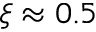
\xi \approx 0 . 5